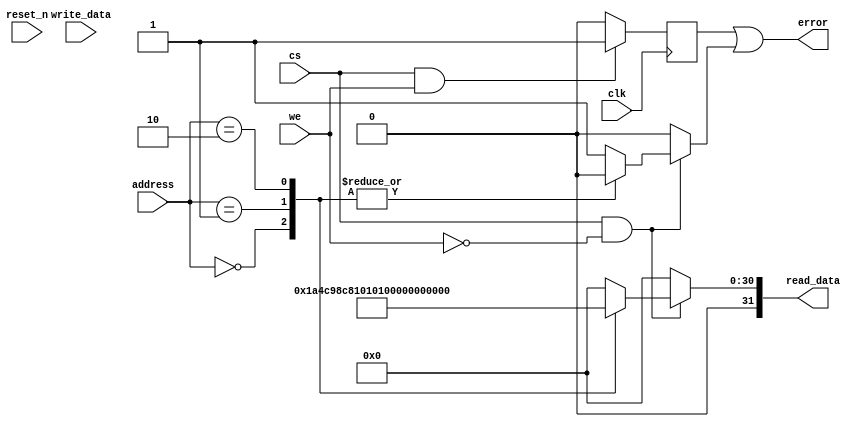
//======================================================================
//
// i2c.v
// ------
// Configuration registers for the i2c core.
//
//
// Copyright (c) 2014, NORDUnet A/S
// All rights reserved.
// 
// Redistribution and use in source and binary forms, with or without
// modification, are permitted provided that the following conditions are
// met:
// - Redistributions of source code must retain the above copyright notice,
//   this list of conditions and the following disclaimer.
//
// - Redistributions in binary form must reproduce the above copyright
//   notice, this list of conditions and the following disclaimer in the
//   documentation and/or other materials provided with the distribution.
//
// - Neither the name of the NORDUnet nor the names of its contributors may
//   be used to endorse or promote products derived from this software
//   without specific prior written permission.
//
// THIS SOFTWARE IS PROVIDED BY THE COPYRIGHT HOLDERS AND CONTRIBUTORS "AS
// IS" AND ANY EXPRESS OR IMPLIED WARRANTIES, INCLUDING, BUT NOT LIMITED
// TO, THE IMPLIED WARRANTIES OF MERCHANTABILITY AND FITNESS FOR A
// PARTICULAR PURPOSE ARE DISCLAIMED. IN NO EVENT SHALL THE COPYRIGHT
// HOLDER OR CONTRIBUTORS BE LIABLE FOR ANY DIRECT, INDIRECT, INCIDENTAL,
// SPECIAL, EXEMPLARY, OR CONSEQUENTIAL DAMAGES (INCLUDING, BUT NOT LIMITED
// TO, PROCUREMENT OF SUBSTITUTE GOODS OR SERVICES; LOSS OF USE, DATA, OR
// PROFITS; OR BUSINESS INTERRUPTION) HOWEVER CAUSED AND ON ANY THEORY OF
// LIABILITY, WHETHER IN CONTRACT, STRICT LIABILITY, OR TORT (INCLUDING
// NEGLIGENCE OR OTHERWISE) ARISING IN ANY WAY OUT OF THE USE OF THIS
// SOFTWARE, EVEN IF ADVISED OF THE POSSIBILITY OF SUCH DAMAGE.
//
//======================================================================

module comm_regs
  (
   // Clock and reset.
   input wire           clk,
   input wire           reset_n,

   // Control.
   input wire           cs,
   input wire           we,

   // Data ports.
   input wire [ 7 : 0]  address,
   input wire [31 : 0]  write_data,
   output wire [31 : 0] read_data,
   output wire          error
   );


   //----------------------------------------------------------------
   // Internal constant and parameter definitions.
   //----------------------------------------------------------------
   // API addresses.
   localparam ADDR_CORE_NAME0   = 8'h00;
   localparam ADDR_CORE_NAME1   = 8'h01;
   localparam ADDR_CORE_VERSION = 8'h02;

   // Core ID constants.
   localparam CORE_NAME0   = 32'h69326320;  // "i2c "
   localparam CORE_NAME1   = 32'h20202020;  // "    "
   localparam CORE_VERSION = 32'h302e3130;  // "0.10"


   //----------------------------------------------------------------
   // Wires.
   //----------------------------------------------------------------
   reg [31: 0]          tmp_read_data;
   reg                  write_error;
   reg                  read_error;


   //----------------------------------------------------------------
   // Concurrent connectivity for ports etc.
   //----------------------------------------------------------------
   assign read_data = tmp_read_data;
   assign error     = write_error | read_error;


   //----------------------------------------------------------------
   // storage registers for mapping memory to core interface
   //----------------------------------------------------------------
   always @ (posedge clk)
     begin
        write_error <= 0;

        if (cs && we)
          begin
             // write operations
             case (address)
               // no writeable registers
               default:
                 write_error <= 1;
               endcase
          end
     end

   always @*
     begin
        tmp_read_data = 32'h00000000;
        read_error    = 0;

        if (cs && !we)
          begin
             // read operations
             case (address)
               ADDR_CORE_NAME0:
                 tmp_read_data = CORE_NAME0;
               ADDR_CORE_NAME1:
                 tmp_read_data = CORE_NAME1;
               ADDR_CORE_VERSION:
                 tmp_read_data = CORE_VERSION;
               default:
                 read_error = 1;
             endcase
          end
     end

endmodule

//======================================================================
// EOF i2c_regs.v
//======================================================================